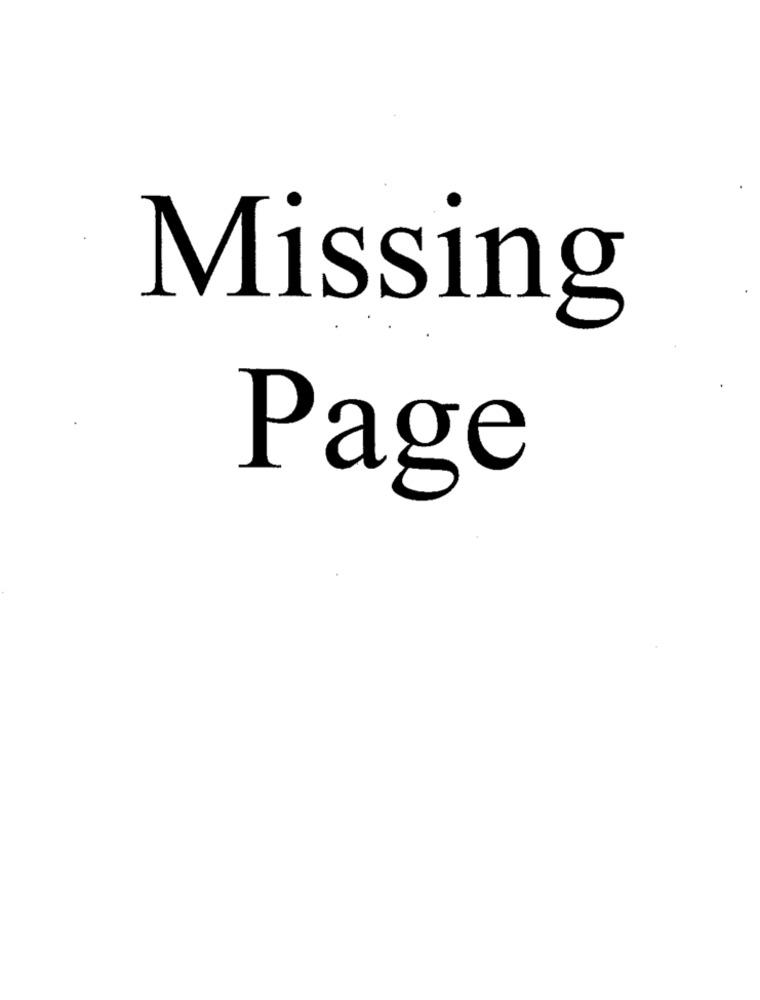
Missing
Page